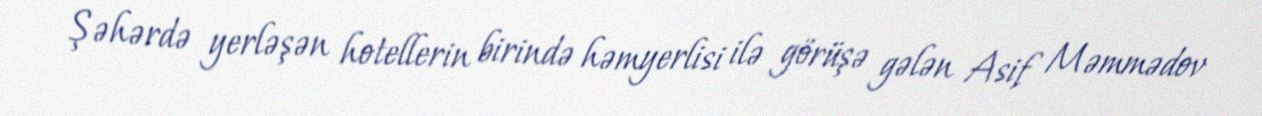
Şəhərdə yerləşən hotellerin birində həmyerlisi ilə görüşə gələn Asif Məmmədov